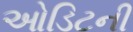
ઓડિટની